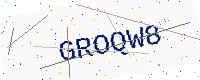
Text: GROQW8